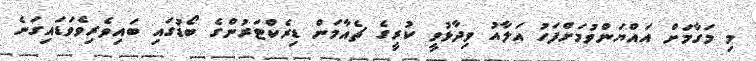
މި މަގާމަށް އައްޔަންވުމަށްފަހު އަލާއު ވިދާޅުވީ ކުރީގެ ޗެއާމަން ޑިރެކްޓަރުންގެ ބޯޑުގައި ބައިވެރިވެވަޑައިގަނެ